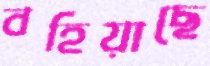
বহিয়াছে